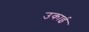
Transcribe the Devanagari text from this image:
उकाई